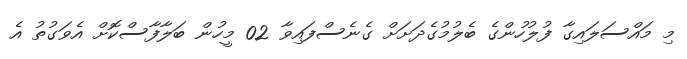
މި މައްސަލައިގާ ފުލުހުންގެ ބެލުމުގެދަށަށް ގެނެސްފައިވާ 02 މީހުން ބަލާފާސްކޮށް އެވަގުތު އެ